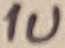
Text: 1U